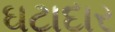
ઘટાદાર